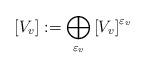
LaTeX: \begin{align*}\left[V_{v}\right]:=\bigoplus_{\varepsilon_v}\left[V_{v}\right]^{\varepsilon_v}\end{align*}